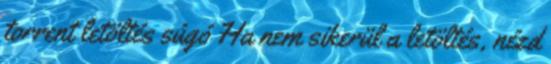
torrent letöltés súgó Ha nem sikerül a letöltés, nézd